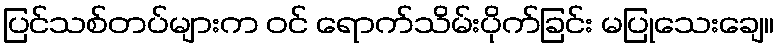
ပြင်သစ်တပ်များက ဝင် ရောက်သိမ်းပိုက်ခြင်း မပြုသေးချေ။